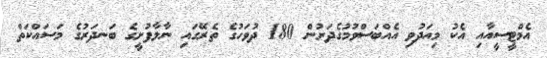
އެމްޓީސީއާއި އެކު މިއަދުވި އެއްބަސްވުމުގެދަށުން 180 ދުވަހުގެ ތެރޭގައި ނާލާފުށީގެ ބަނދަރުގެ މަަސައްކަތް